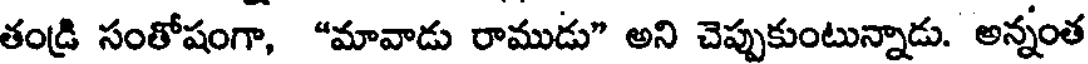
తండ్రి సంతోషంగా, "మావాడు రాముడు" అని చెప్పుకుంటున్నాడు. అన్నంత